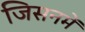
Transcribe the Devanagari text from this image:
जिसनमें